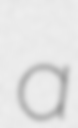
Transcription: a